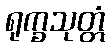
ရုက္ခသုတ္တံ